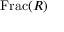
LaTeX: \operatorname { F r a c } ( R )